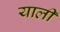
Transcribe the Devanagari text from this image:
याली